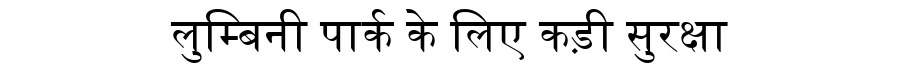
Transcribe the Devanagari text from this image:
लुम्बिनी पार्क के लिए कड़ी सुरक्षा